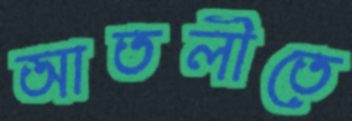
আতলীতে